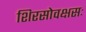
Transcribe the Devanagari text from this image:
शिरसोवक्षसः